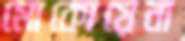
মোকোয়েনা